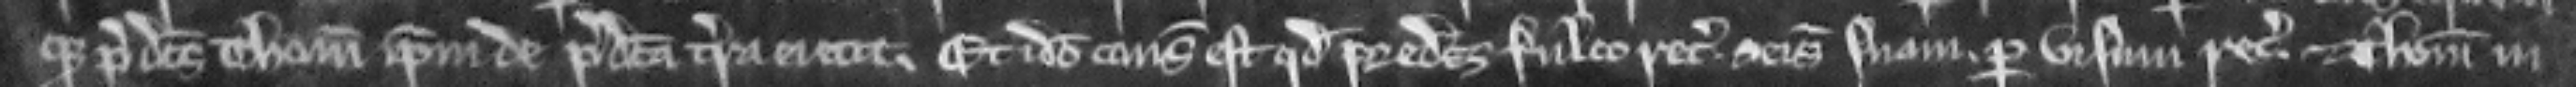
predictus Thomas ipsum de predicta terra ejecit. Et ideo consideratum est quod predictus Fulco recuperet. seisinam suam. per visum recognitorum. et Thomas in